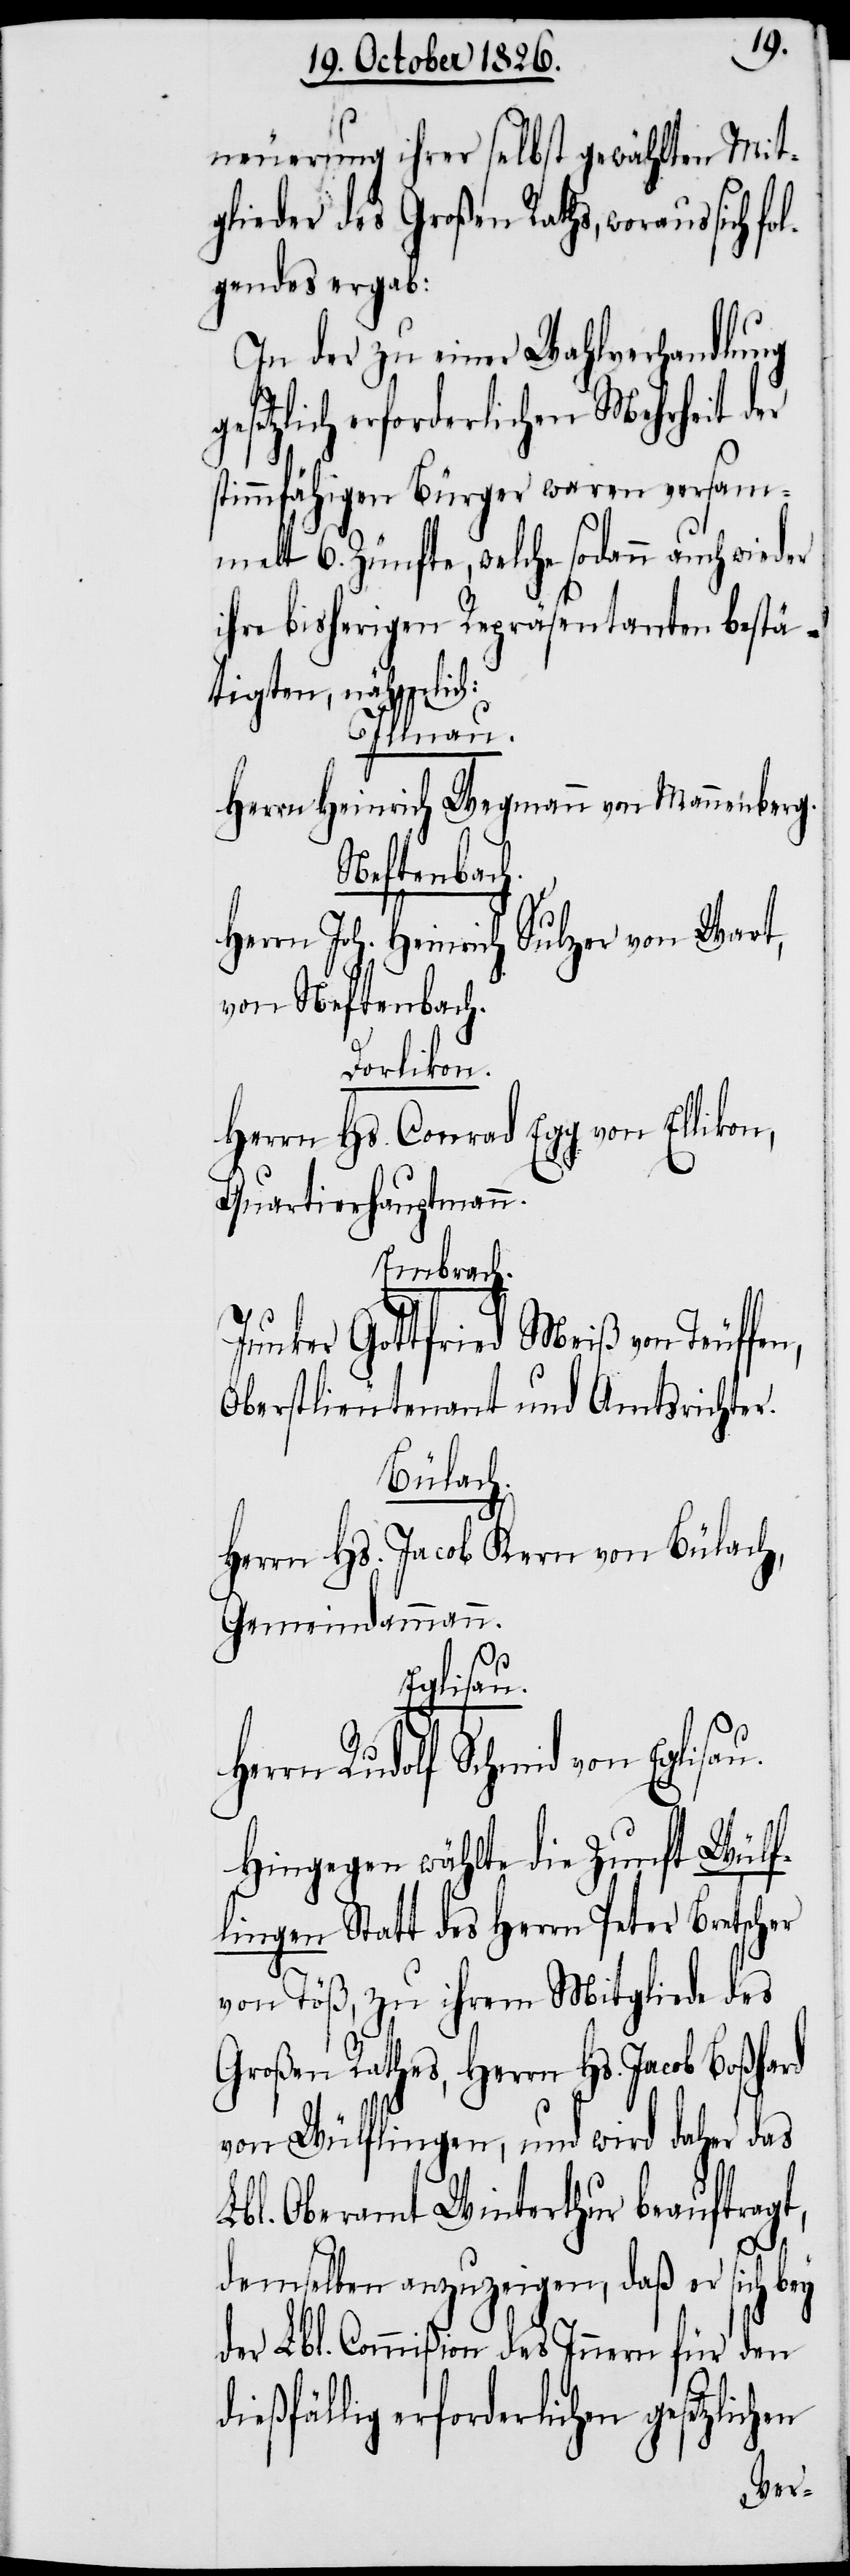
neuerung ihrer selbst gewählten Mit¬
glieder des Großen Raths, woraus sich
lgendes ergab:
In der zu einer Wahlverhandlung
d¬
gesetzlich erforderlichen Mehr¬
stimmfähigen Bürger waren versam¬
melt 6. Zünfte, welche sodann
ihre bisherigen Repräsentanten bestä¬
tigten, nähmlich:
uffen,
Herrn Heinrich Wegmann von Mannenberg.
Neftenbach.
Herrn Joh. Heinrich Sulzer von Wart,
von Neftenbach.
Dorlikon.
Herrn Hs. Conrad Egg von
Quartierhauptmann.
Embrach.
Junker Gottfried Meiß von Te¬
Oberstlieutenant und Amts¬
Bülach.
Herrn Hs. Jacob Kern von Bülach,
Gemeindammann.
Eglisau.
rn Rudolf Schmid von
Hingegen wählte die Zunft Wülf¬
lingen Statt des Herrn Peter Bretscher
von Töß, zu ihrem Mitgliede des
Großen Rathes, Herrn Hs. Jacob Boßhard
von Wülflingen, und wird daher das
Lbl. Oberamt Winterthur beauftragt,
demselben anzuzeigen, daß er sich bey
der Lbl. Commißion des Innern für den
ießfällig erforderlichen gesetzlic¬
hen